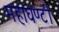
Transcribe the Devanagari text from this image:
महाघण्टी